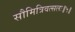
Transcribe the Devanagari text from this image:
सौमित्रिवत्सलः॥५॥